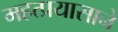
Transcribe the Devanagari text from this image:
महत्प्रयासाने